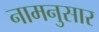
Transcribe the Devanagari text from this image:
नामनुसार